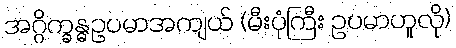
အဂ္ဂိက္ခန္ဓဥပမာအကျယ် (မီးပုံကြီး ဥပမာဟူလို)